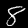
Digit: 8